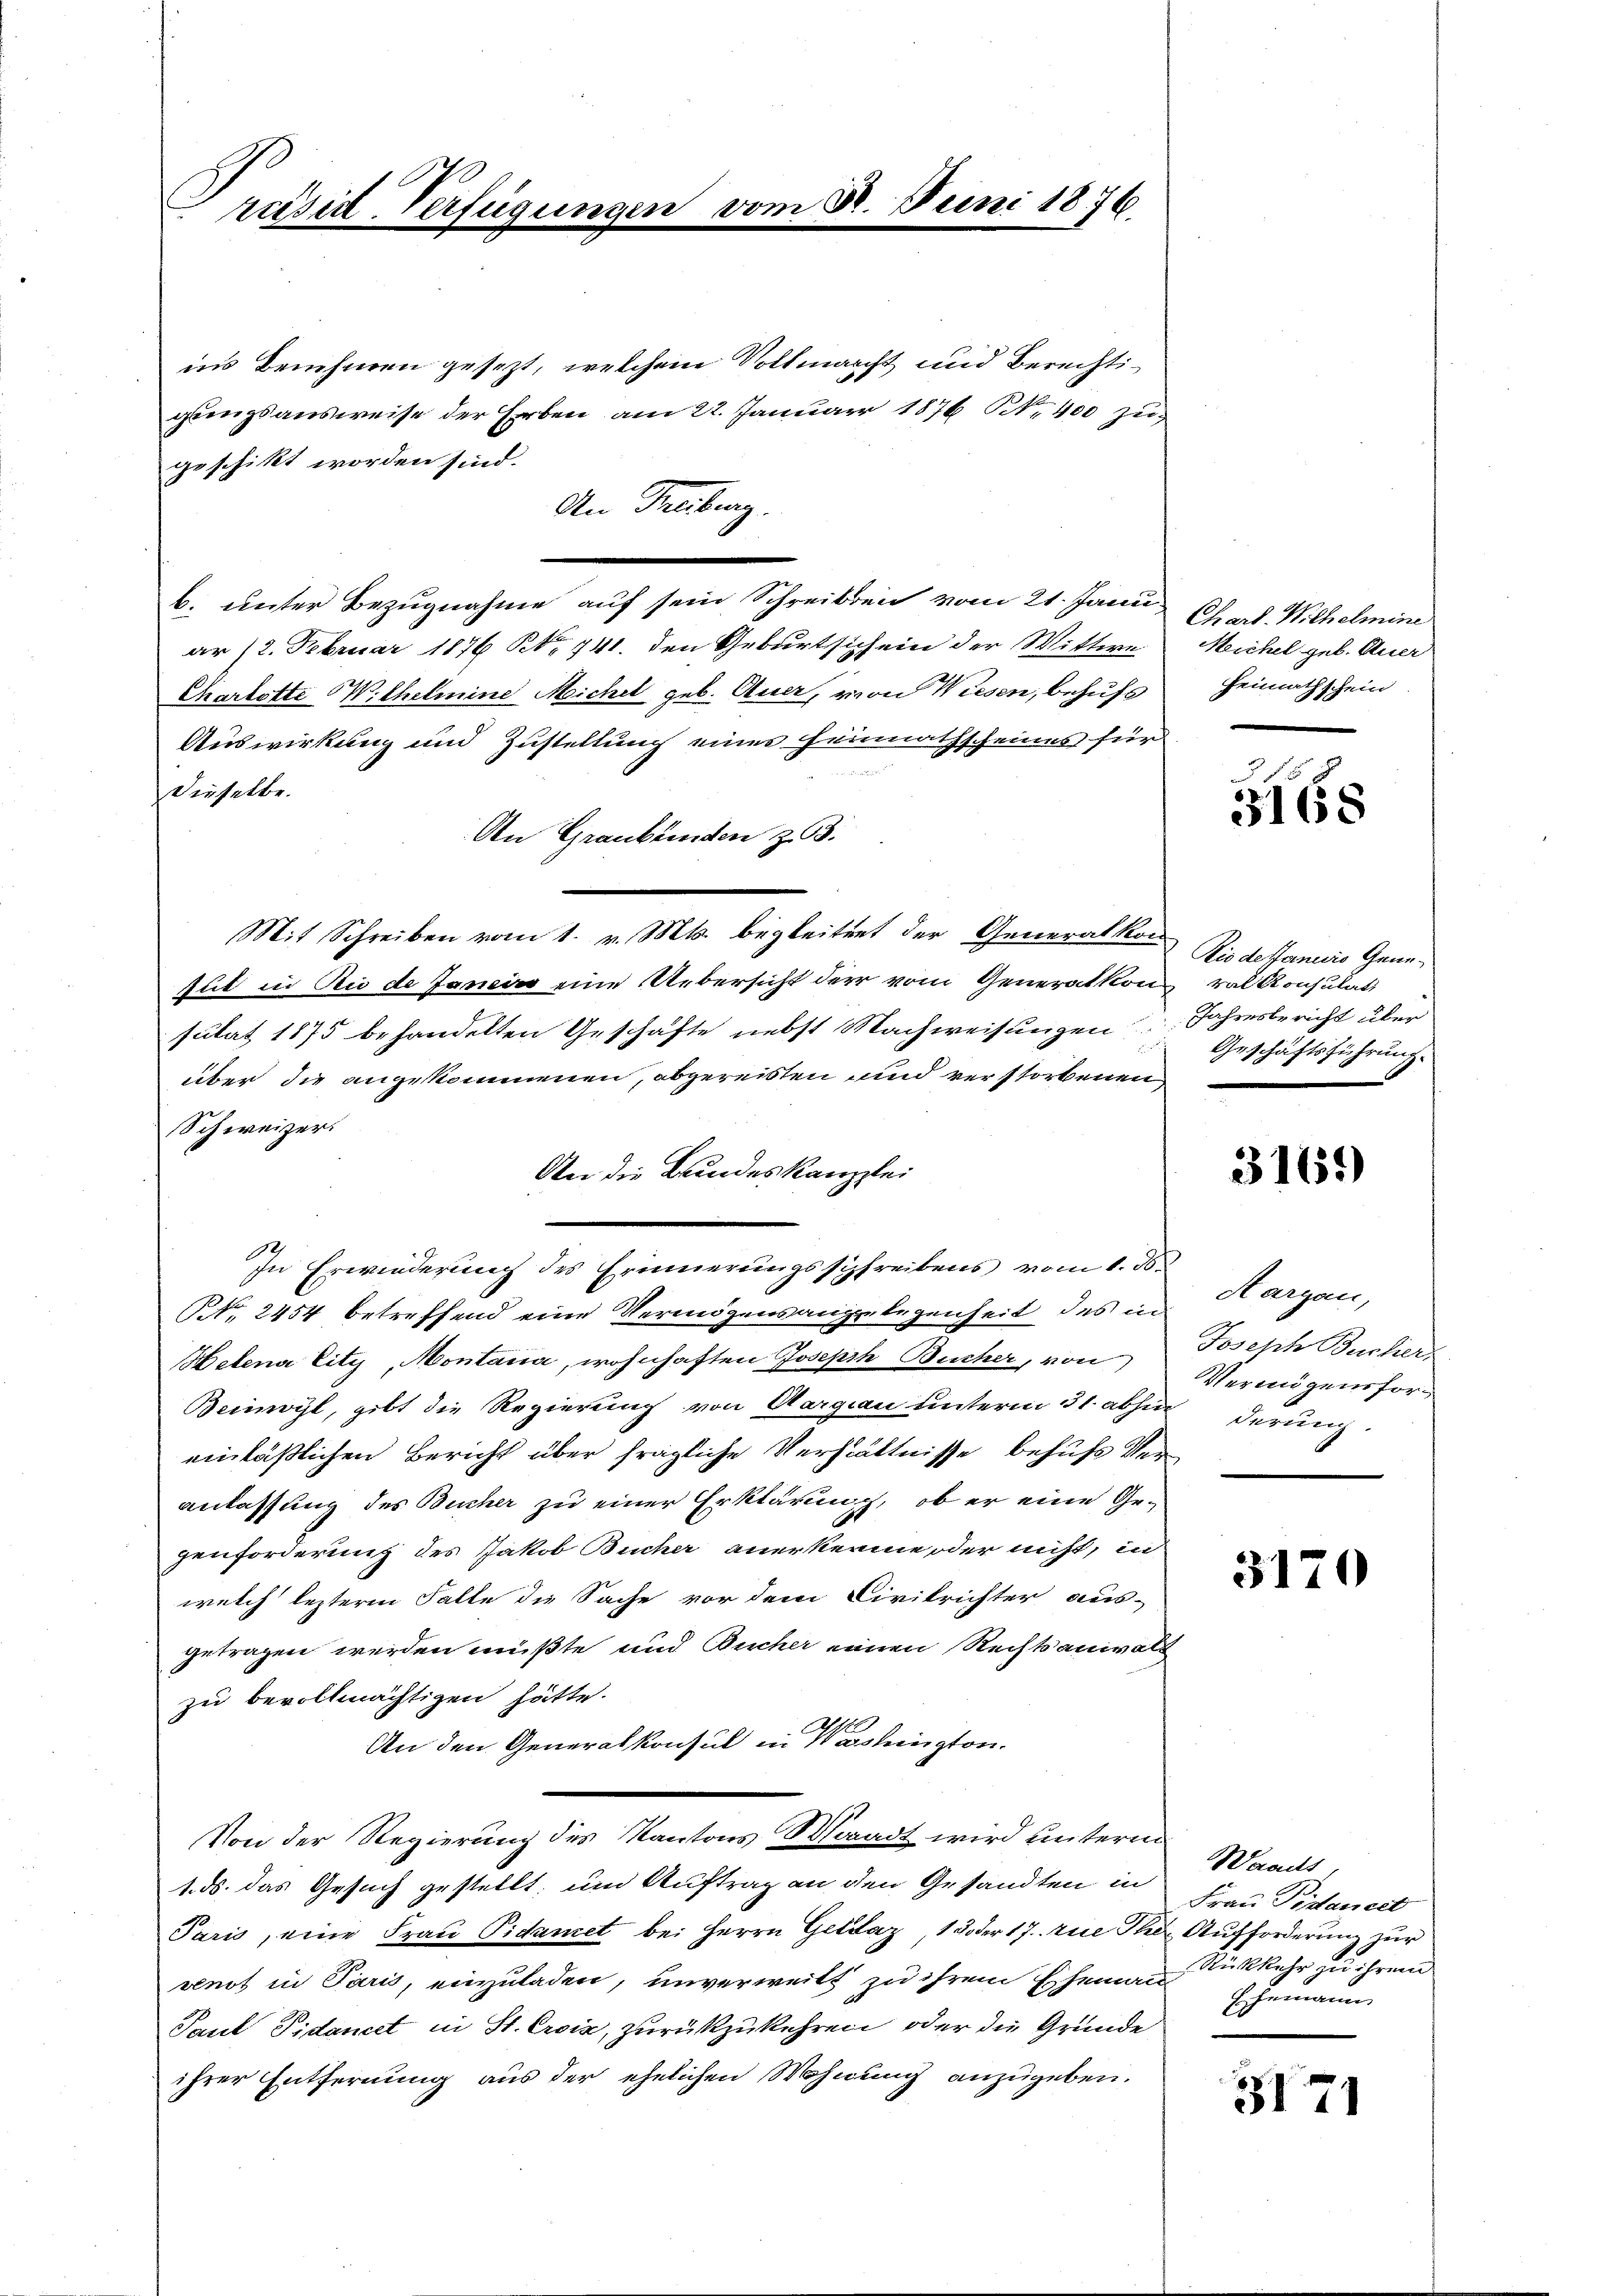
Präsid-Verfügungen

ins Benehmen gesezt, welchem Vollmacht und Berechtiglingsausweise der Erben am 22. Januar 1876 NNo. 400 zugeschikt worden sind.
An Freibenz.
b. unter Bezugnahme auf sein Schreiben vom 21. Janu
ar 12. Februar 1876 NNo. 741. den Geburtsich ein der Wittwe
Charlotte Wilhelmine Michel geb. Auer, von Wiesen, behufs
Auswirkung und Zustellung eines Heimathscheines für
dieselbe.
An Graubünden z. B.
Mit Schreiben vom 1. v. Mts. begleitent der Generalkon
tut in die de Janein eine Uebersicht der vom Generalkon val Konsulat,
sulat 1875 behandelten Geschäfte nebst Machweisungen
über die angekommenen, abgereisten und verstorbenen,
Schweizer.
An die Bundeskanzlei
In Erwiederung des Erinnerungsschreibens vom 1. d
Nr. 2454 betreffend eine Vermögensangelegenheit des in
Helena Eity, Montana, wohnhaften Joseph Bucher, von
Beinwyl, gibt die Regierung von Aargau unterm 31. abhin
einläßlichen Bericht über fragliche Verhältnisse behufs Veranlassung des Bucher zu einer Erklärung, ob er eine Gezenforderung des Jakob Bucher anerkenne oder nicht, in
welch lezteren Falle die Sache vor dem Civilrichter aus-
getragen werden müßte und Bucher einen Rechtsanwalt
zu bevollmächtigen hätte.
An den Generalkonsul in Washington.
Von der Regierung des Kantons Waadt wird unterm Waadt,
1. ds. das Gesuch gestellt; und Auftrag an den Gesandten in
Paris, eine Frau Pidamet bei Herrn Geldaz, 1 Doder 17. zue Thier Aufforderung zur
venot in Paris, einzuladen, unverweitt zu ihrem Ehemann Rückkehr zu ihren
Paul Pidancet in St. Croix, zurückzukehren, oder die Gründe
ihrer Entfernung aus der ehelichen Wohnung anzugeben.

8. Juni 1876.

Chard-Wilhelmine
Meichel geb. Auer
Heimathschein

3168

Rio destanicio Gene¬
Jahresbericht über
Geschäftsführung.

3165)

Aargau,
Joseph Bucher,
Vermögensforderung.

3170

Frau Pisancel
Ehemann

3171